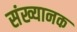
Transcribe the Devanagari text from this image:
संख्यानक